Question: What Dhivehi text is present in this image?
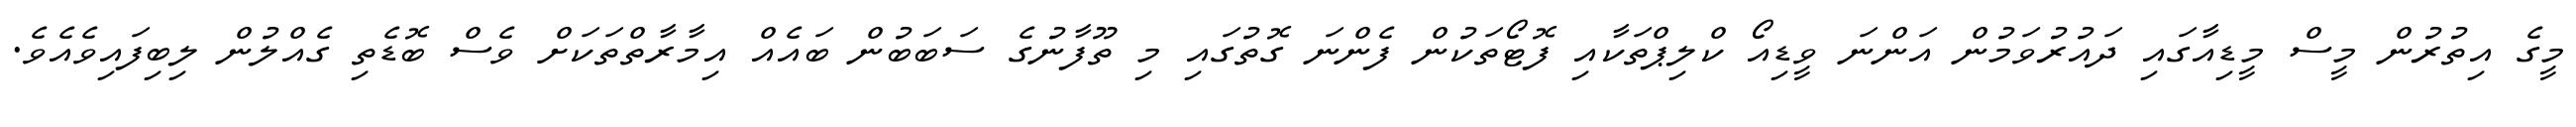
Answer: މީގެ އިތުރުން މީސް މީޑިއާގައި ދައުރުވަމުން އަންނަ ވީޑިއޯ ކްލިޕްތަކާއި ފޮޓޯތަކުން ފެންނަ ގޮތުގައި މި ތޫފާނުގެ ސަބަބުން ބައެއް އިމާރާތްތަކަށް ވެސް ބޮޑެތި ގެއްލުން ލިބިފައިވެއެވެ.